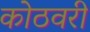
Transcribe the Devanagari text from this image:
कोठवरी